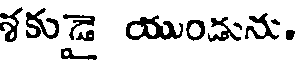
శకుడై యుండును.